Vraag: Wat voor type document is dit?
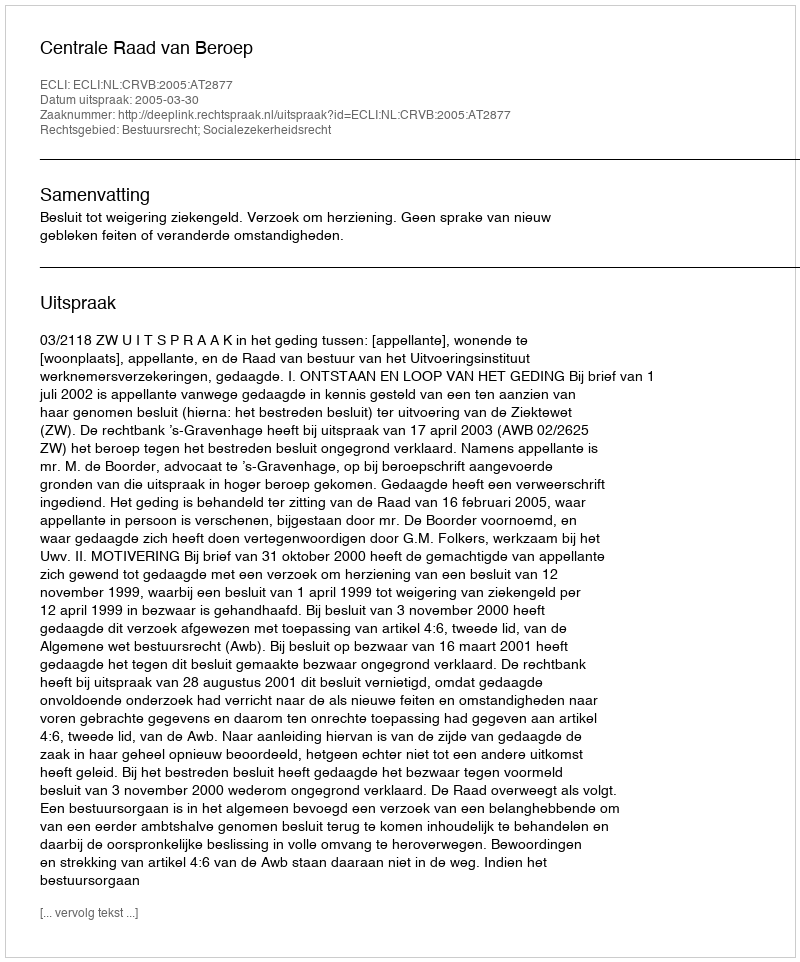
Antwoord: Uitspraak